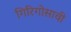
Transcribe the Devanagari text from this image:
गिरिगोसावी